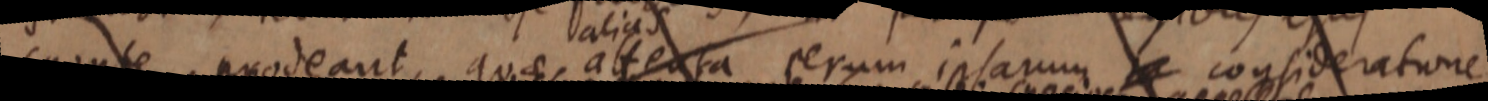
sponte, prodeant, quae atensa rerum ipsarum consideratione